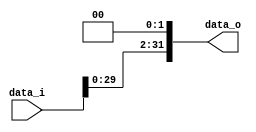
//Subject:     CO project 3 
//--------------------------------------------
//Student: 0411276 Chen Yi An
//Student: 0413335 Kuo Yi Lin
//--------------------------------------------

module Shift_Left_Two_32(
    data_i,
    data_o
    );

//I/O ports                    
input [32-1:0] data_i;
output [32-1:0] data_o;

//shift left 2
     assign data_o = {  { data_i[29:0] }, {2'b0} };
endmodule